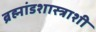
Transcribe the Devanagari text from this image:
ब्रह्मांडशास्त्राशी